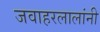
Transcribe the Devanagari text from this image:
जवाहरलालांनी